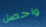
واحصل